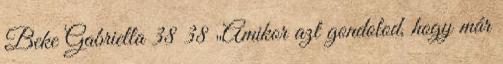
Beke Gabriella 38 38 „Amikor azt gondolod, hogy már